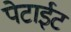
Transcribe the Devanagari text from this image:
पेटाईट